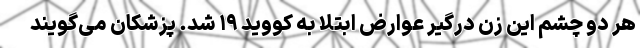
هر دو چشم این زن درگیر عوارض ابتلا به کووید ۱۹ شد. پزشکان می‌گویند